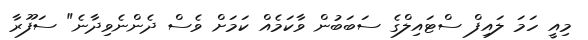
މިއީ ހަމަ ލައިފް ސްޓައިލްގެ ސަބަބުން ވާކަމެއް ކަމަށް ވެސް ދެންނެވިދާނެ" ސަފޫރާ